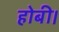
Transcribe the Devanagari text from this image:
होबी।